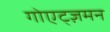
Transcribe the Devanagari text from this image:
गोएट्ज़मन